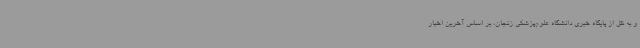
و به نقل از پایگاه خبری دانشگاه علوم‌پزشکی زنجان، بر اساس آخرین اخبار